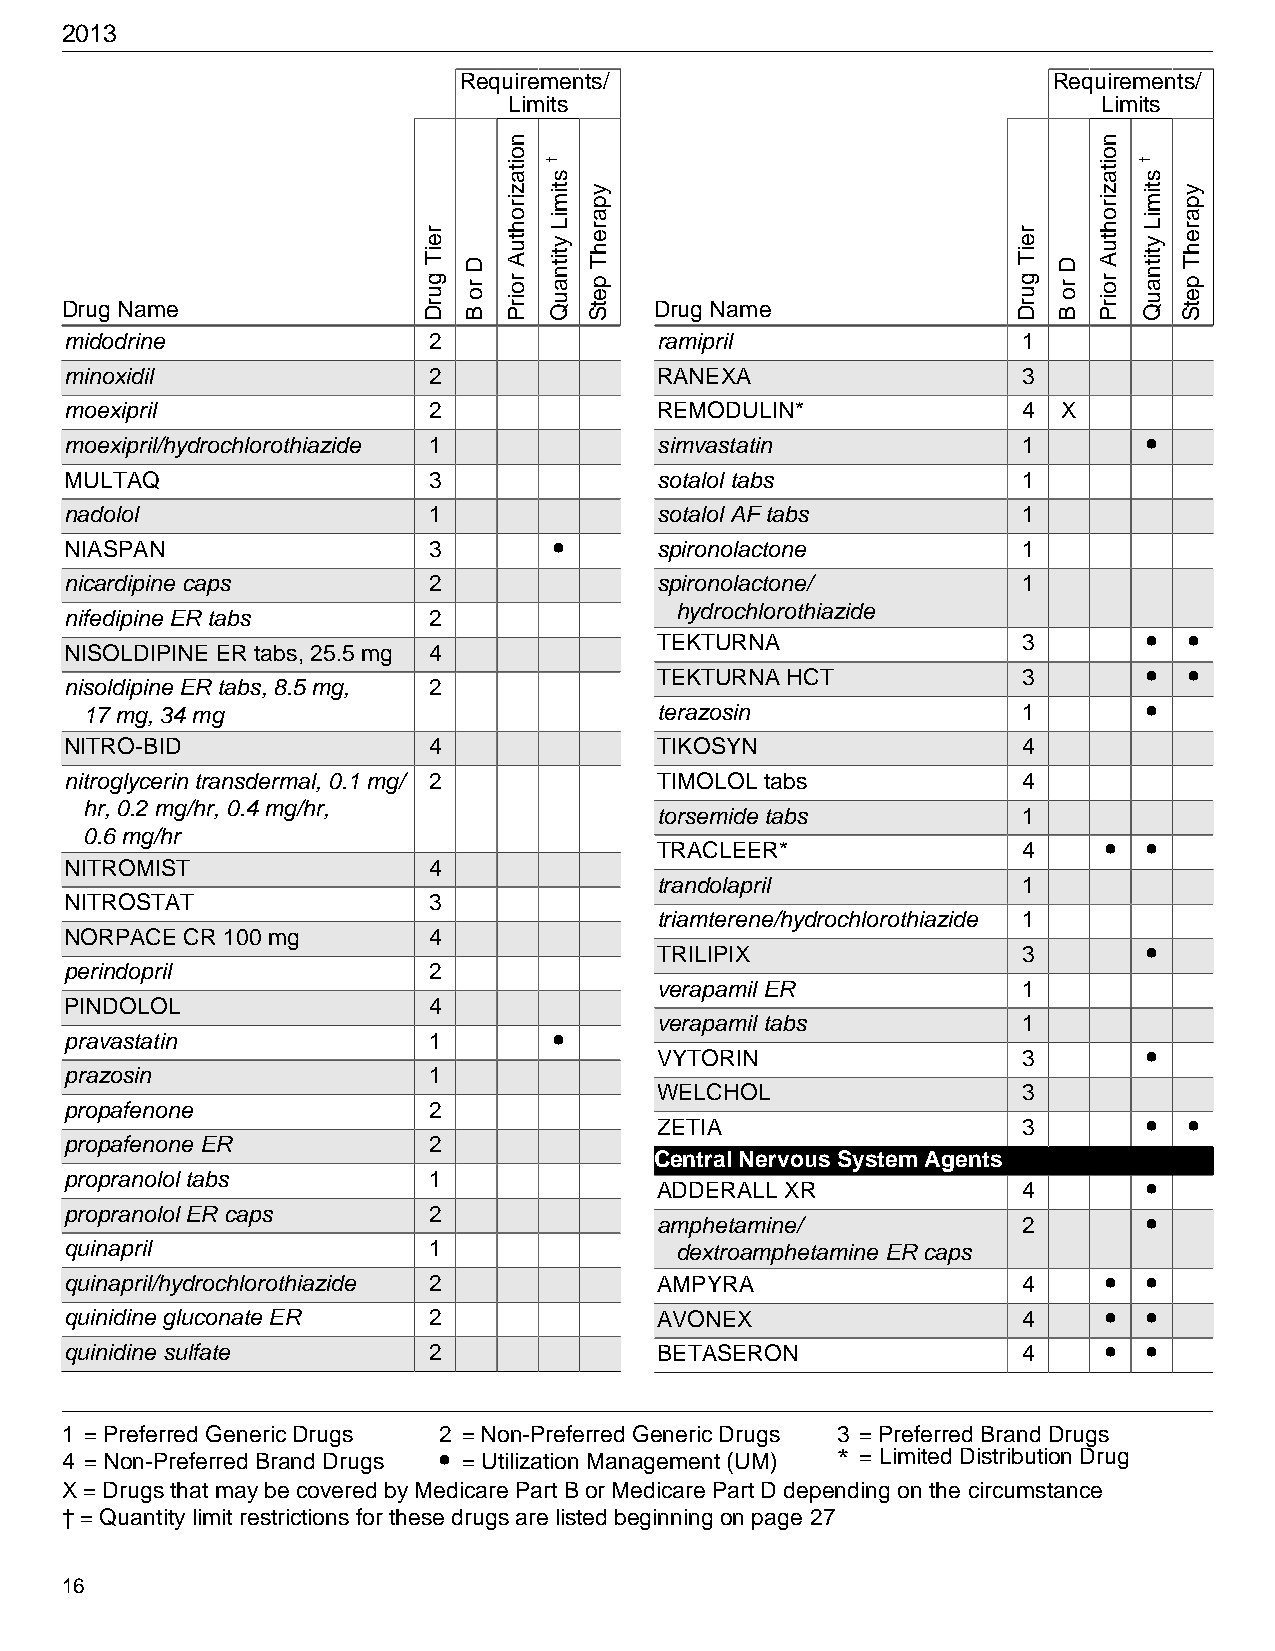
2013
 Requirements/                           Requirements/
 Limits                                 Limits
 Drug Name                              Drug Name
 midodrine               2               ramipril                1
 minoxidil               2               RANEXA                  3
 moexipril               2               REMODULIN*              4 X
 moexipril/hydrochlorothiazide 1         simvastatin             1       •
 MULTAQ                  3               sotalol tabs            1
 nadolol                 1               sotalol AF tabs         1
 NIASPAN                 3        •      spironolactone          1
 nicardipine caps        2               spironolactone/         1
 hydrochlorothiazide
 nifedipine ER tabs      2
 TEKTURNA                3       •  •
 NISOLDIPINE ER tabs, 25.5 mg 4
 TEKTURNA HCT            3       •  •
 nisoldipine ER tabs, 8.5 mg, 2
 17 mg, 34 mg                          terazosin               1       •
 NITRO-BID               4               TIKOSYN                 4
 nitroglycerin transdermal, 0.1 mg/ 2    TIMOLOL tabs            4
 hr, 0.2 mg/hr, 0.4 mg/hr,
 torsemide tabs          1
 0.6 mg/hr
 TRACLEER*               4    •  •
 NITROMIST               4
 trandolapril            1
 NITROSTAT               3
 triamterene/hydrochlorothiazide 1
 NORPACE CR 100 mg       4
 TRILIPIX                3       •
 perindopril             2
 verapamil ER            1
 PINDOLOL                4
 verapamil tabs          1
 pravastatin             1        •
 VYTORIN                 3       •
 prazosin                1
 WELCHOL                 3
 propafenone             2
 ZETIA                   3       •  •
 propafenone ER          2
 Central Nervous System Agents
 propranolol tabs        1
 ADDERALL XR             4       •
 propranolol ER caps     2
 amphetamine/            2       •
 quinapril               1                dextroamphetamine ER caps
 quinapril/hydrochlorothiazide 2         AMPYRA                  4    •  •
 quinidine gluconate ER  2               AVONEX                  4    •  •
 quinidine sulfate       2               BETASERON               4    •  •
 1 = Preferred Generic Drugs 2 = Non-Preferred Generic Drugs 3 = Preferred Brand Drugs
 4 = Non-Preferred Brand Drugs • = Utilization Management (UM) * = Limited Distribution Drug
 X = Drugs that may be covered by Medicare Part B or Medicare Part D depending on the circumstance
 † = Quantity limit restrictions for these drugs are listed beginning on page 27
 16
 reiT
 gurD
 D
 ro
 B
 noitazirohtuA
 roirP
 †
 stimiL
 ytitnauQ
 yparehT
 petS
 reiT
 gurD
 D
 ro
 B
 noitazirohtuA
 roirP
 †
 stimiL
 ytitnauQ
 yparehT
 petS